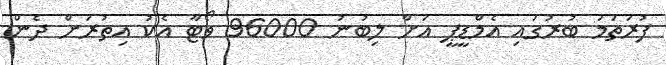
ފުރަތަމަ ބުރުގައި އެމްޑީޕީ އަށް ލިބުނު 96000 ވޯޓާ އެކު އިތުރަށް ދެން